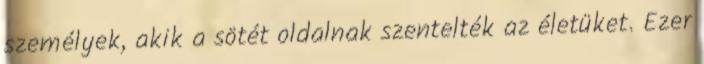
személyek, akik a sötét oldalnak szentelték az életüket. Ezer